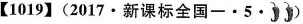
【1019】(2017·新课标全国一·5·)〕